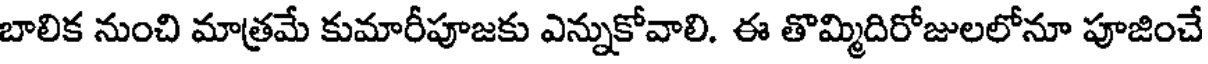
బాలిక నుంచి మాత్రమే కుమారీపూజకు ఎన్నుకోవాలి. ఈ తొమ్మిదిరోజులలోనూ పూజించే